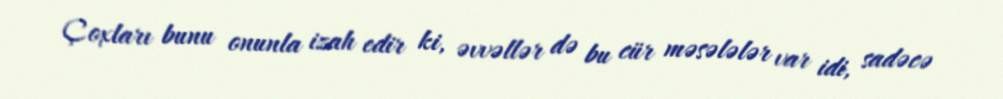
Çoxları bunu onunla izah edir ki, əvvəllər də bu cür məsələlər var idi, sadəcə